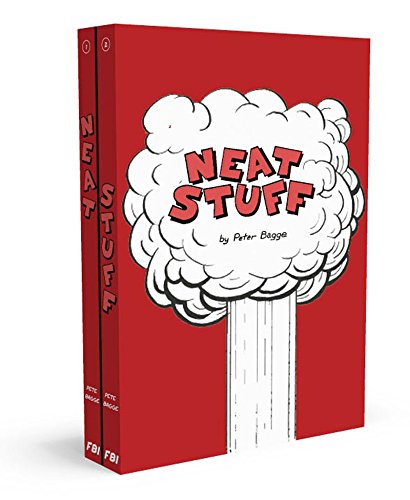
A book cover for Neat Stuff; Peter Bagge; Comics & Graphic Novels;